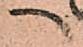
へ